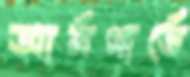
আর্মগার্ডে